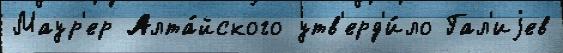
Маур'ер Алта́йского утв'ерд'и́ло Гал'иjев